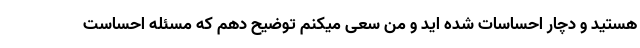
هستید و دچار احساسات شده اید و من سعی میکنم توضیح دهم که مسئله احساست